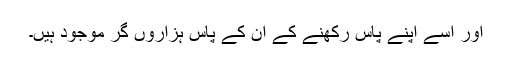
اور اُسے اپنے پاس رکھنے کے اُن کے پاس ہزاروں گُر موجود ہیں۔